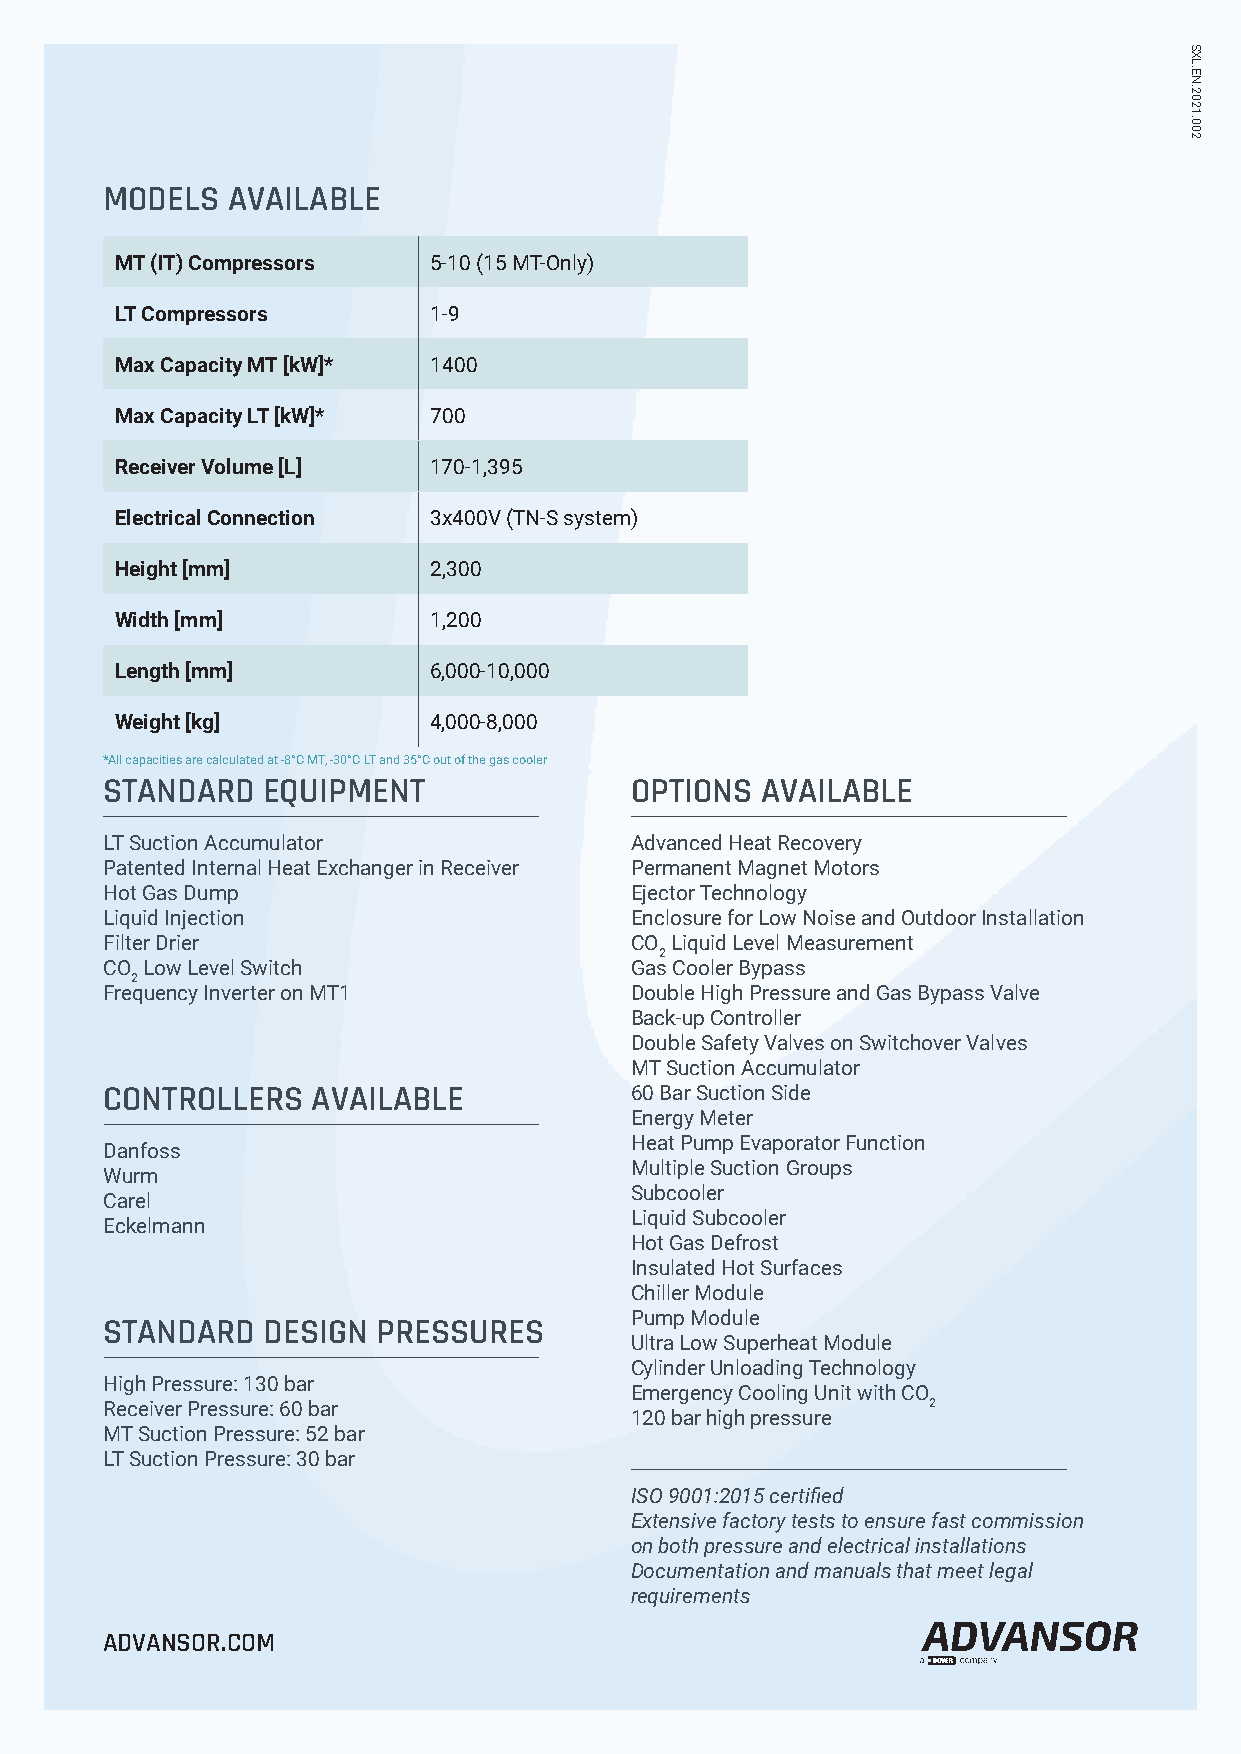
MODELS  AVAILABLE
 MT (IT) Compressors 5-10 (15 MT-Only)
 LT Compressors      1-9
 Max Capacity MT [kW]* 1400
 Max Capacity LT [kW]* 700
 Receiver Volume [L] 170-1,395
 Electrical Connection 3x400V (TN-S system)
 Height [mm]         2,300
 Width [mm]          1,200
 Length [mm]         6,000-10,000
 Weight [kg]         4,000-8,000
 *All capacities are calculated at -8°C MT, -30°C LT and 35°C out of the gas cooler
 STANDARD  EQUIPMENT                OPTIONS AVAILABLE
 LT Suction Accumulator             Advanced Heat Recovery
 Patented Internal Heat Exchanger in Receiver Permanent Magnet Motors
 Hot Gas Dump                       Ejector Technology
 Liquid Injection                   Enclosure for Low Noise and Outdoor Installation
 Filter Drier                       CO Liquid Level Measurement
 2
 CO Low Level Switch                Gas Cooler Bypass
 2
 Frequency Inverter on MT1          Double High Pressure and Gas Bypass Valve
 Back-up Controller
 Double Safety Valves on Switchover Valves
 MT Suction Accumulator
 CONTROLLERS   AVAILABLE            60 Bar Suction Side
 Energy Meter
 Heat Pump Evaporator Function
 Danfoss
 Multiple Suction Groups
 Wurm
 Subcooler
 Carel
 Liquid Subcooler
 Eckelmann
 Hot Gas Defrost
 Insulated Hot Surfaces
 Chiller Module
 Pump Module
 STANDARD  DESIGN  PRESSURES
 Ultra Low Superheat Module
 Cylinder Unloading Technology
 High Pressure: 130 bar
 Emergency Cooling Unit with CO
 Receiver Pressure: 60 bar                             2
 120 bar high pressure
 MT Suction Pressure: 52 bar
 LT Suction Pressure: 30 bar
 ISO 9001:2015 certified
 Extensive factory tests to ensure fast commission
 on both pressure and electrical installations
 Documentation and manuals that meet legal
 requirements
 ADVANSOR.COM
 SXL.EN.2021.002